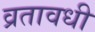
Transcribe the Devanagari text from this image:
व्रतावधी